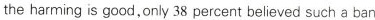
the harming is good,only 38 percent believed such a ban